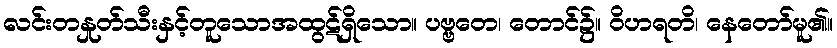
လင်းတနှုတ်သီးနှင့်တူသောအထွဋ်ရှိသော။ ပဗ္ဗတေ၊ တောင်၌။ ဝိဟရတိ၊ နေတော်မူ၏။